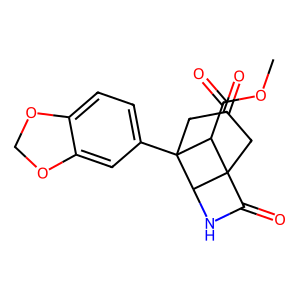
SMILES: COC(=O)C1C23CC(=O)CC1(c1ccc4c(c1)OCO4)C2NC3=O
Inhibits HIV replication: No